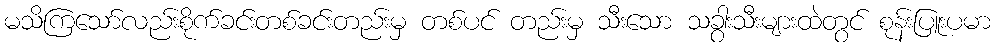
မသိကြသော်လည်းစိုက်ခင်းတစ်ခင်းတည်းမှ တစ်ပင် တည်းမှ သီးသော သခွားသီးများထဲတွင် စုန်းပြူးပမာ